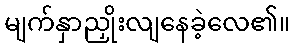
မျက်နှာညှိုးလျနေခဲ့လေ၏။